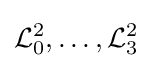
{\mathcal {L}}_{0}^{2},\ldots ,{\mathcal {L}}_{3}^{2}